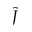
\tilde { J }